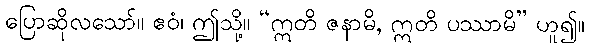
ပြောဆိုလသော်။ ဧဝံ၊ ဤသို့။ “ဣတိ ဇနာမိ, ဣတိ ပဿာမိ” ဟူ၍။